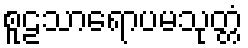
စူဠသာရောပမသုတ္တံ